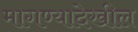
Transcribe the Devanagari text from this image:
मागण्यादेखील